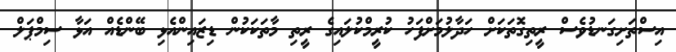
އިސްތަށިގަނޑުވެސް ރީތިގޮތަކަށް ހަދާލުމަށްފަހު ކުރީމްކުލައިގެ ރީތި މާތަކަކުން ޑިޒައިންއެޅި ބޭންޑެއް އަޅާ ސިމްޕަލް